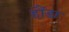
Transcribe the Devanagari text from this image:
हौंडा